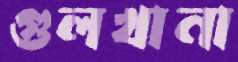
গুলখানা